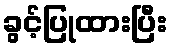
ခွင့်ပြုထားပြီး